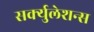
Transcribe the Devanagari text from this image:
सर्क्युलेशन्स